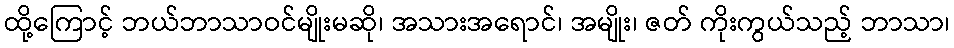
ထို့ကြောင့် ဘယ်ဘာသာဝင်မျိုးမဆို၊ အသားအရောင်၊ အမျိုး၊ ဇတ် ကိုးကွယ်သည့် ဘာသာ၊